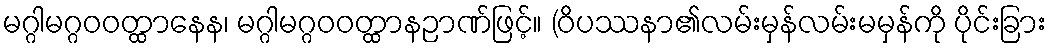
မဂ္ဂါမဂ္ဂဝဝတ္ထာနေန၊ မဂ္ဂါမဂ္ဂဝဝတ္ထာနဉာဏ်ဖြင့်။ (ဝိပဿနာ၏လမ်းမှန်လမ်းမမှန်ကို ပိုင်းခြား